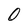
Character: 0